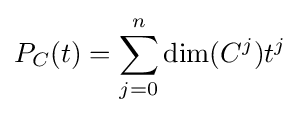
P_{C}(t)=\sum _{j=0}^{n}\dim(C^{j})t^{j}